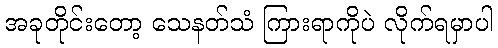
အခုတိုင်းတော့ သေနတ်သံ ကြားရာကိုပဲ လိုက်ရမှာပါ